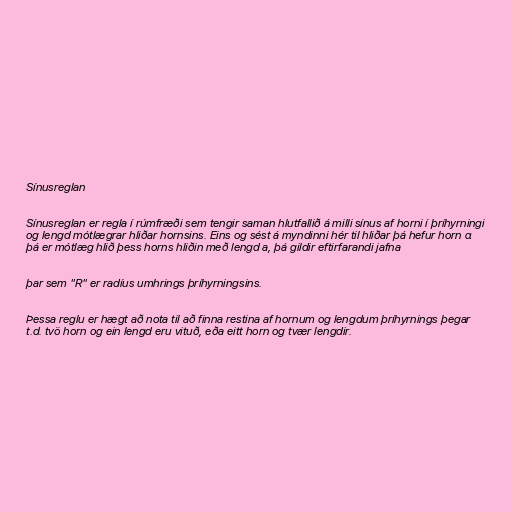
Sínusreglan

Sínusreglan er regla í rúmfræði sem tengir saman hlutfallið á milli sínus af horni í þríhyrningi
og lengd mótlægrar hliðar hornsins. Eins og sést á myndinni hér til hliðar þá hefur horn α
þá er mótlæg hlið þess horns hliðin með lengd a, þá gildir eftirfarandi jafna

þar sem "R" er radíus umhrings þríhyrningsins.

Þessa reglu er hægt að nota til að finna restina af hornum og lengdum þríhyrnings þegar
t.d. tvö horn og ein lengd eru vituð, eða eitt horn og tvær lengdir.